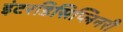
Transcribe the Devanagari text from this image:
इंटरडिसिप्लिनरी